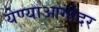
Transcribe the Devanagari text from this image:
येण्याआगोदर